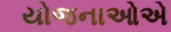
યોજનાઓએ